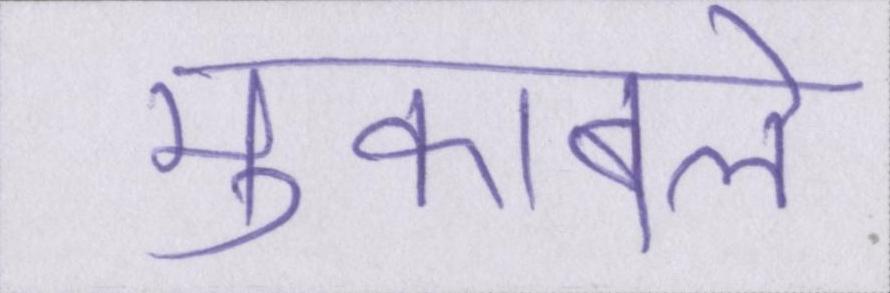
मुकाबले